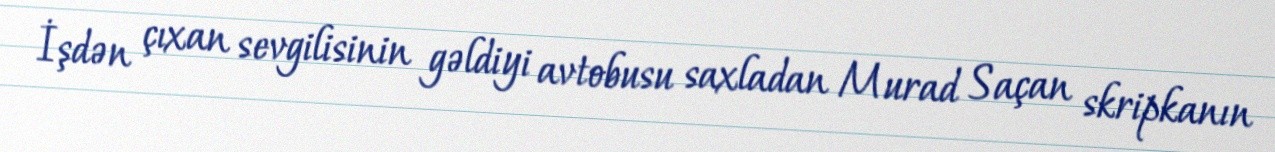
İşdən çıxan sevgilisinin gəldiyi avtobusu saxladan Murad Saçan skripkanın